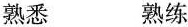
熟悉 熟练